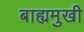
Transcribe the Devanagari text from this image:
बाह्यमुखी